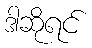
ဒါဆိုရင်